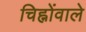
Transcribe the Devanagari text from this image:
चिह्नोंवाले